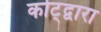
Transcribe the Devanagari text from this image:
कोट्द्वारा